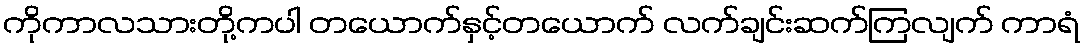
ကိုကာလသားတို့ကပါ တယောက်နှင့်တယောက် လက်ချင်းဆက်ကြလျက် ကာရံ